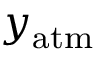
y _ { \mathrm { a t m } }